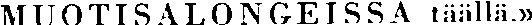
MUOTISALONGEISSA täällä,»